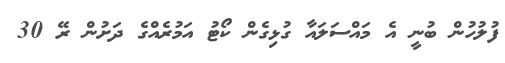
ފުލުހުން ބުނީ އެ މައްސަލައާ ގުޅިގެން ކޯޓު އަމުރެއްގެ ދަށުން ރޭ 30